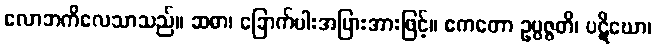
လောဘကိလေသာသည်။ ဆဓာ၊ ခြောက်ပါးအပြားအားဖြင့်။ ဧကတော ဥပ္ပဇ္ဇတိ၊ ပဋိဃော၊